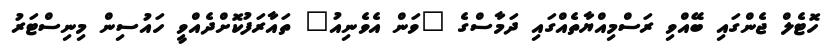
ހޮޓެލް ޖެންގައި ބޭއްވި ރަސްމިއްޔާތެއްގައި ދަމާސްގެ "ވަން އެވެނިއު" ތައާރަފުކޮށްދެއްވީ ހައުސިން މިނިސްޓަރު